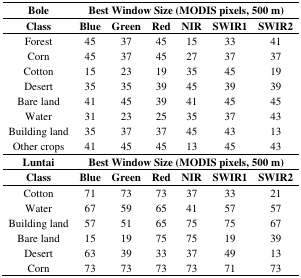
<table><thead><tr><td><b>Bole</b></td><td colspan="6"><b>Best Window Size (MODIS pixels, 500 m)</b></td></tr><tr><td><b>Class</b></td><td><b>Blue</b></td><td><b>Green</b></td><td><b>Red</b></td><td><b>NIR</b></td><td><b>SWIR1</b></td><td><b>SWIR2</b></td></tr></thead><tbody><tr><td>Forest</td><td>45</td><td>37</td><td>45</td><td>15</td><td>33</td><td>41</td></tr><tr><td>Corn</td><td>45</td><td>37</td><td>45</td><td>27</td><td>37</td><td>37</td></tr><tr><td>Cotton</td><td>15</td><td>23</td><td>19</td><td>35</td><td>45</td><td>19</td></tr><tr><td>Desert</td><td>35</td><td>35</td><td>39</td><td>45</td><td>39</td><td>39</td></tr><tr><td>Bare land</td><td>41</td><td>45</td><td>39</td><td>41</td><td>45</td><td>45</td></tr><tr><td>Water</td><td>31</td><td>23</td><td>25</td><td>35</td><td>37</td><td>43</td></tr><tr><td>Building land</td><td>35</td><td>37</td><td>37</td><td>45</td><td>43</td><td>13</td></tr><tr><td>Other crops</td><td>41</td><td>45</td><td>45</td><td>13</td><td>45</td><td>43</td></tr><tr><td><b>Luntai</b></td><td colspan="6"><b>Best Window Size (MODIS pixels, 500 m)</b></td></tr><tr><td><b>Class</b></td><td><b>Blue</b></td><td><b>Green</b></td><td><b>Red</b></td><td><b>NIR</b></td><td><b>SWIR1</b></td><td><b>SWIR2</b></td></tr><tr><td>Cotton</td><td>71</td><td>73</td><td>73</td><td>37</td><td>33</td><td>21</td></tr><tr><td>Water</td><td>67</td><td>59</td><td>65</td><td>41</td><td>57</td><td>57</td></tr><tr><td>Building land</td><td>57</td><td>51</td><td>65</td><td>75</td><td>75</td><td>67</td></tr><tr><td>Bare land</td><td>15</td><td>19</td><td>75</td><td>75</td><td>19</td><td>39</td></tr><tr><td>Desert</td><td>63</td><td>39</td><td>33</td><td>37</td><td>49</td><td>13</td></tr><tr><td>Corn</td><td>73</td><td>73</td><td>73</td><td>73</td><td>71</td><td>73</td></tr></tbody></table>